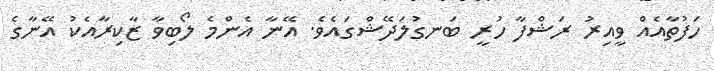
ހަފުތާއެއް ވީއިރު ރަޝްފާ ހުރީ ބަނގުލަދޭޝްގައެވެ. އޭނާ އެންމެ ލޯބިވާ ޒާކިރާއެކު އޭނާގެ